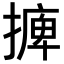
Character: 𢳋